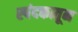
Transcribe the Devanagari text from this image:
स्पंदकातून